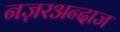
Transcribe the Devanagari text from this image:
नज़रअन्दाज